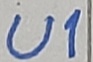
Text: U1